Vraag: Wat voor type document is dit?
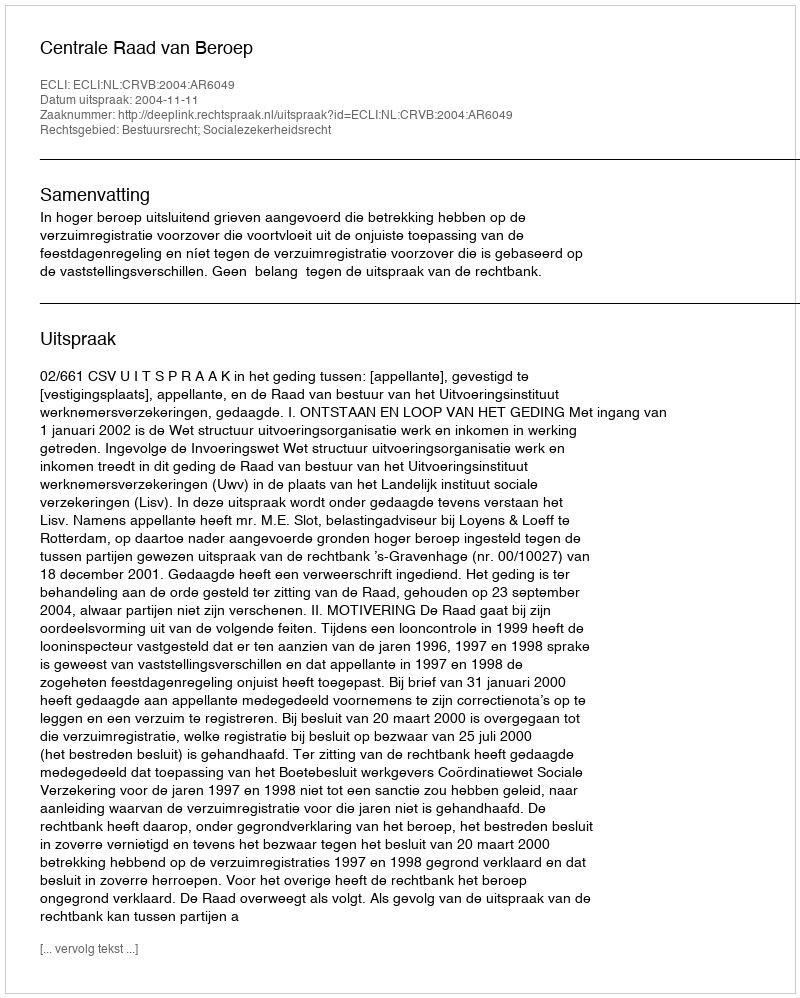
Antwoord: Uitspraak